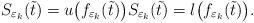
LaTeX: \begin{align*}S_{\varepsilon_k}(\tilde{t})=u\bigl(f_{\varepsilon_k}(\tilde{t})\bigr) S_{\varepsilon_k}(\tilde{t})=l\bigl(f_{\varepsilon_k}(\tilde{t})\bigr).\end{align*}